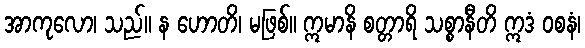
အာကုလော၊ သည်။ န ဟောတိ၊ မဖြစ်။ ဣမာနိ စတ္တာရိ သစ္စာနီတိ ဣဒံ ဝစနံ၊